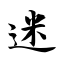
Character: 迷